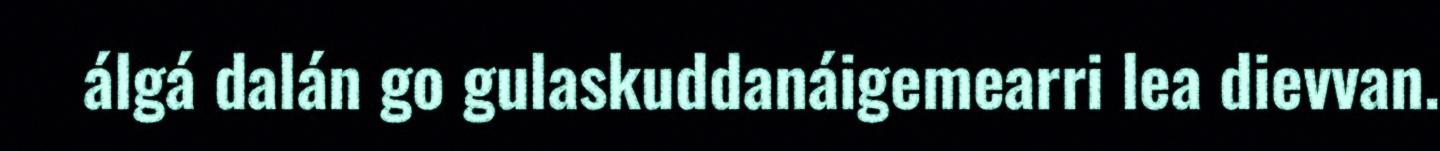
álgá dalán go gulaskuddanáigemearri lea dievvan.